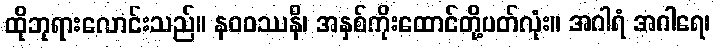
ထိုဘုရားလောင်းသည်။ နဝဝဿနိ၊ အနှစ်ကိုးထောင်တို့ပတ်လုံး။ အဂါရံ အဂါရေ၊